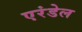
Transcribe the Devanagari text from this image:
एरंडेल